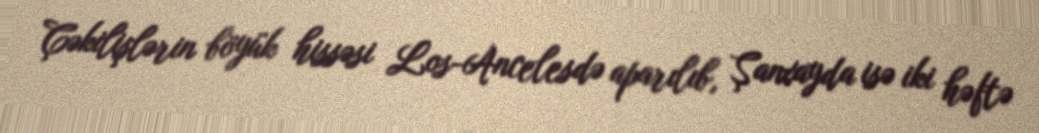
Çəkilişlərin böyük hissəsi Los-Ancelesdə aparılıb, Şanxayda isə iki həftə